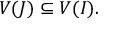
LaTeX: V ( J ) \subseteq V ( I ) .